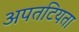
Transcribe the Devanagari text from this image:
अपतटियता